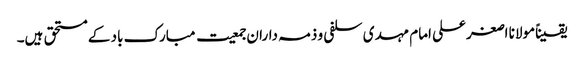
یقیناًمولانا اصغرعلی امام مہدی سلفی و ذمہ داران جمعیت مبارک باد کے مستحق ہیں۔